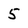
Character: 5